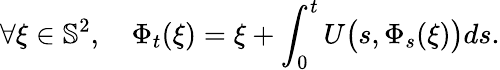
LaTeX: \forall\xi\in\mathbb{S}^{2},\quad\Phi_{t}(\xi)=\xi+\int_{0}^{t}U\big(s,\Phi_{s}(\xi)\big)ds.